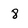
Character: 8